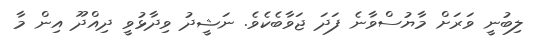
ލިބުނީ ވަރަށް މާޔުސްވާނެ ފަދަ ޖަވާބެކެވެ. ނަޝީދު ވިދާޅުވީ ދިއްދޫ އިން މާ